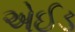
એઈડ